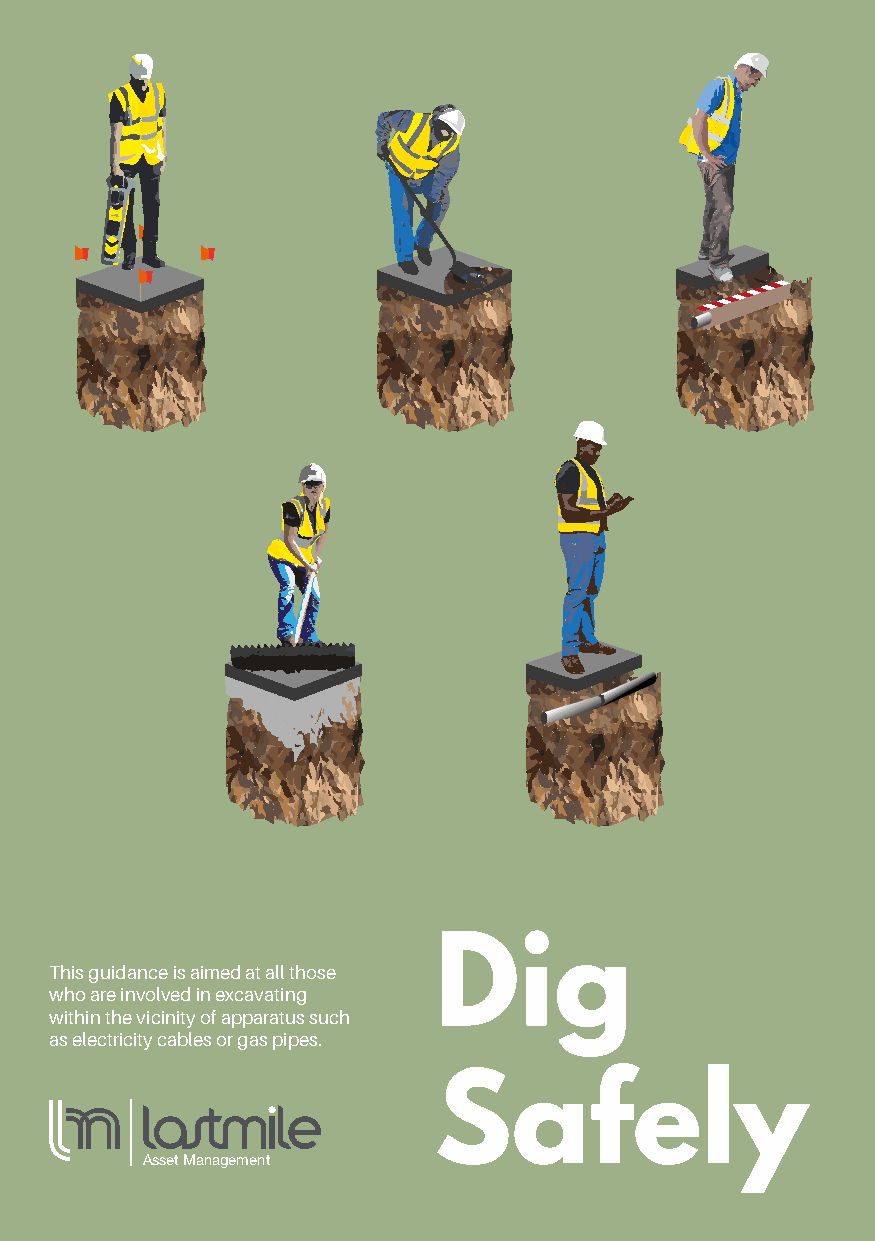
Dig
 This guidance is aimed at all those
 who are involved in excavating
 within the vicinity of apparatus such
 as electricity cables or gas pipes.
 Safely
 Asset Management